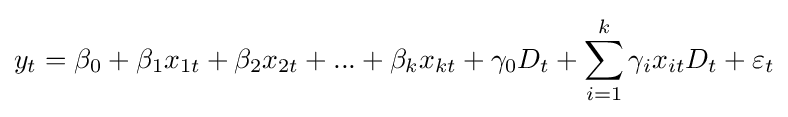
y_{t}=\beta _{0}+\beta _{1}x_{1t}+\beta _{2}x_{2t}+...+\beta _{k}x_{kt}+\gamma _{0}D_{t}+\sum _{i=1}^{k}\gamma _{i}x_{it}D_{t}+\varepsilon _{t}